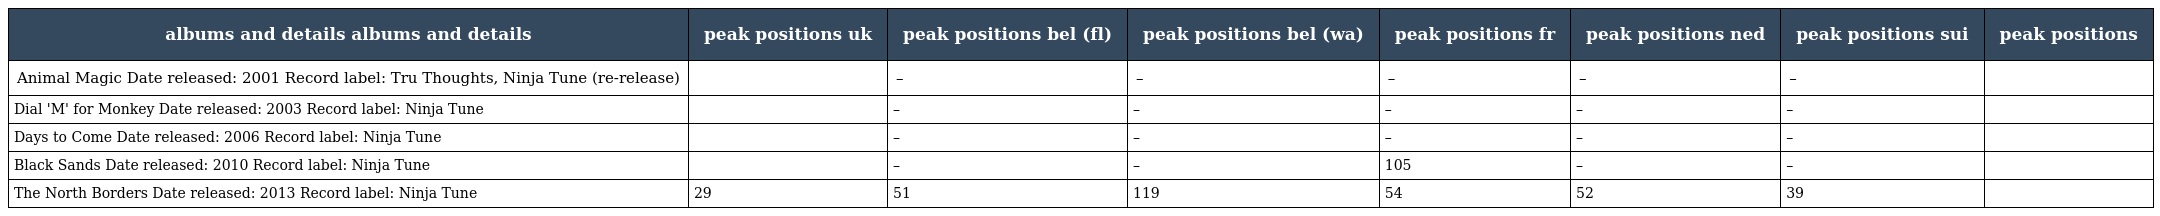
| albums and details albums and details | peak positions uk | peak positions bel (fl) | peak positions bel (wa) | peak positions fr | peak positions ned | peak positions sui | peak positions |
 | --- | --- | --- | --- | --- | --- | --- | --- |
 | Animal Magic Date released: 2001 Record label: Tru Thoughts, Ninja Tune (re-release) |  | – | – | – | – | – |  |
 | Dial 'M' for Monkey Date released: 2003 Record label: Ninja Tune |  | – | – | – | – | – |  |
 | Days to Come Date released: 2006 Record label: Ninja Tune |  | – | – | – | – | – |  |
 | Black Sands Date released: 2010 Record label: Ninja Tune |  | – | – | 105 | – | – |  |
 | The North Borders Date released: 2013 Record label: Ninja Tune | 29 | 51 | 119 | 54 | 52 | 39 |  |